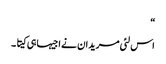
“
اس لئی مریدان نے اجیہا ہی کیتا ۔